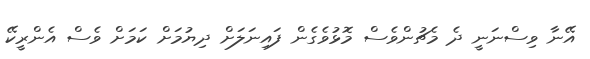
އޭނާ ވިސްނަނީ ދެ މެޗުންވެސް މޮޅުވެގެން ފައިނަލަށް ދިޔުމަށް ކަމަށް ވެސް އެންރީކޭ